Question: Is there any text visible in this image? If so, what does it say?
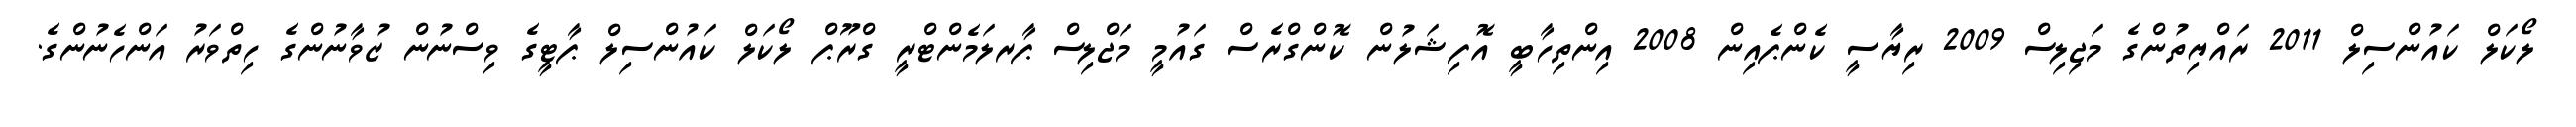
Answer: ލޯކަލް ކައުންސިލް 2011 ރައްޔިތުންގެ މަޖިލިސް 2009 ރިޔާސީ ކެންޕެއިން 2008 އިންތިހާބީ އޮފިޝަލުން ކޮންގްރެސް ގައުމީ މަޖްލިސް ޕާރލަމެންޓްރީ ގްރޫޕް ލޯކަލް ކައުންސިލް ޕާޓީގެ ވިސްނުން ޒުވާނުންގެ ހިތްވަރު އަންހެނުންގެ.